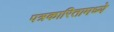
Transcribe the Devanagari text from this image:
पत्रकारितामध्ये